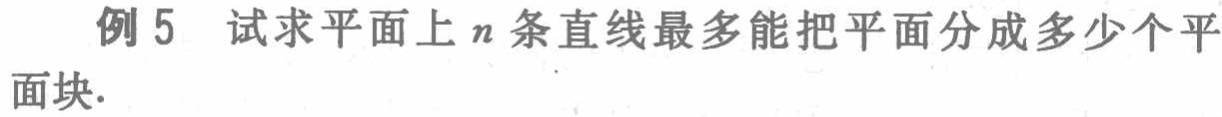
例5 试求平面上\(n\)条直线最多能把平面分成多少个平面块.